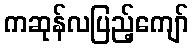
ကဆုန်လပြည့်ကျော်